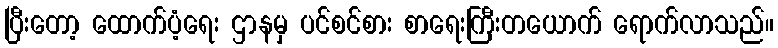
ပြီးတော့ ထောက်ပံ့ရေး ဌာနမှ ပင်စင်စား စာရေးကြီးတယောက် ရောက်လာသည်။